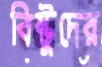
বিষ্টুদের